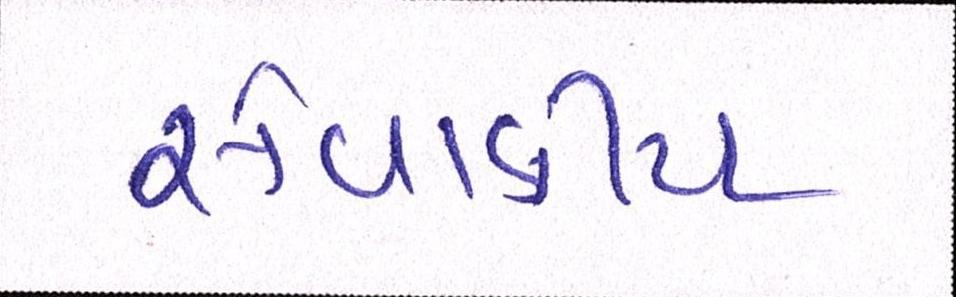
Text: સેવાકીય